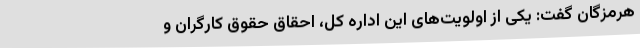
هرمزگان گفت: یکی از اولویت‌های این اداره کل، احقاق حقوق کارگران و